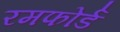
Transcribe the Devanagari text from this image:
रमफोर्ड